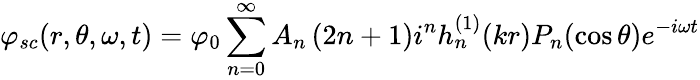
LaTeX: \varphi_{sc}(r,\theta,\omega,t)=\varphi_{0}\sum_{n=0}^{\infty}A_{n}\left(2n+1\right)i^{n}h_{n}^{(1)}(kr)P_{n}(\cos\theta)e^{-i\omega t}